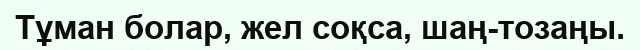
Тұман болар, жел соқса, шаң-тозаңы.